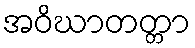
အဝိဃာတတ္တာ